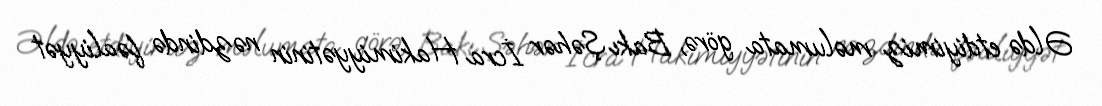
Əldə etdiyimiz məlumata görə, Bakı Şəhər İcra Hakimiyyətinin nəzdində fəaliyyət